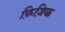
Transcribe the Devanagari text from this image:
फ़िज़िक